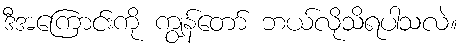
ဒီအကြောင်းကို ကျွန်တော် ဘယ်လိုသိရပါသလဲ။